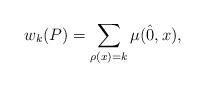
LaTeX: \begin{align*}w_k(P) = \sum_{\rho(x) =k} \mu(\hat{0},x),\end{align*}